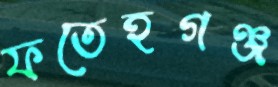
ফতেহগঞ্জ